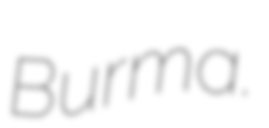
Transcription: Burma.